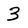
Character: 3